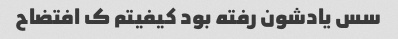
سس یادشون رفته بود کیفیتم ک افتضاح